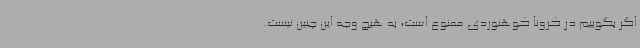
اگر بگوییم در کرونا کوهنوردی ممنوع است، به هیچ وجه این چنین نیست.